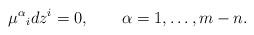
LaTeX: \begin{align*}\mu^\alpha{}_i dz^i = 0, \qquad \alpha = 1, \ldots, m-n.\end{align*}